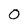
Character: 0